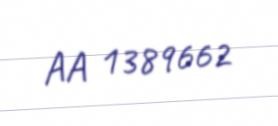
AA 1389662